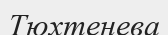
Тюхтенева